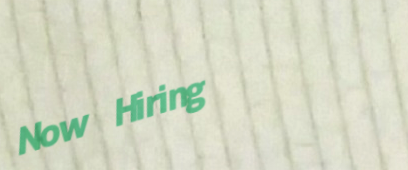
Now Hiring